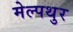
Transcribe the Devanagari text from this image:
मेल्पथुर